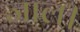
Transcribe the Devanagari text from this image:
जाल।